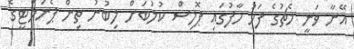
އޭނާ ވަނީ މެޗުގެ ފަހު ހާފުގައި ޕޮލިސް ކުލުބަށް ލިބުނު ތިން ޕެނަލްޓީގެ